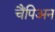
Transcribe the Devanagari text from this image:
चैंपिअन